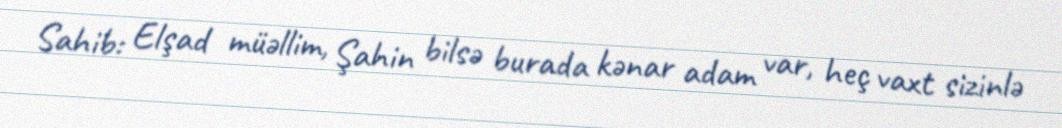
Sahib: Elşad müəllim, Şahin bilsə burada kənar adam var, heç vaxt sizinlə